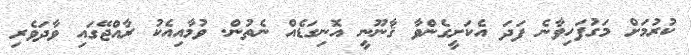
ކުރުމަށް މަގުފަހިވާނެ ފަދަ އެކަށީގެންވާ ޤާނޫނީ އޮނިގަޑެއް ނެތުން. ވުމާއިއެކު ރާއްޖޭގައި ވާދަވެރި